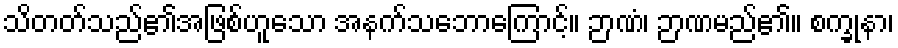
သိတတ်သည်၏အဖြစ်ဟူသော အနက်သဘောကြောင့်။ ဉာဏံ၊ ဉာဏမည်၏။ စက္ခုနာ၊